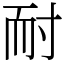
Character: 耐